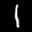
Label: 1